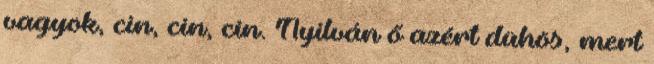
vagyok, cin, cin, cin. Nyilván ő azért dühös, mert